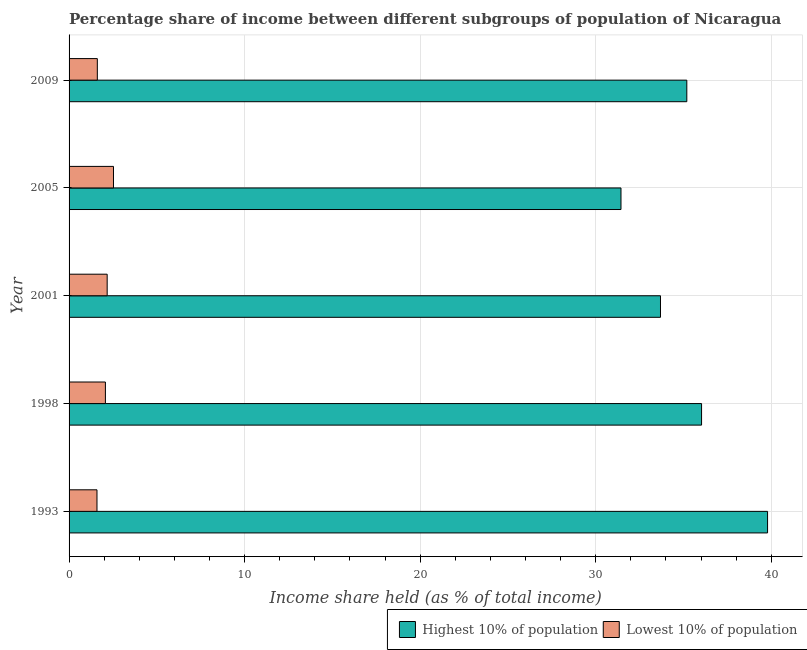
| Year | Highest 10% of population | Lowest 10% of population |
 | --- | --- | --- |
 | 1993 | 39.8 | 1.59 |
 | 1998 | 36 | 2.07 |
 | 2001 | 33.7 | 2.17 |
 | 2005 | 31.4 | 2.53 |
 | 2009 | 35.2 | 1.61 |